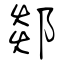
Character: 郯